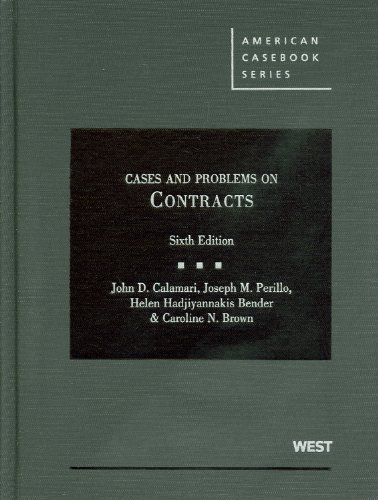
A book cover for Cases and Problems on Contracts, 6th Edition; John Calamari; Law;